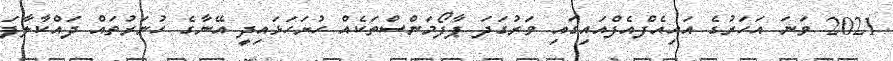
2021 ވަނަ އަހަރުގެ އައިއެފްއެފްއައިގައި ވަރުގަދަ ޕާފޯމަންސްތަކެއް ހުށަހަޅައިދީ އޭނާގެ ހުނަރުތައް ދައްކާލާފަ